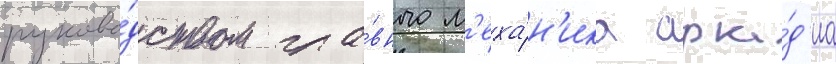
руково́дством гла́вного м'еха́н'ика арка́д'иа